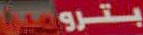
بترومين